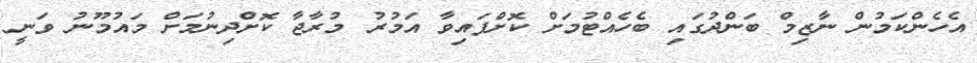
އެހެންކަމުން ނާޒިމް ބަންދުގައި ބެހެއްޓުމަށް ކޮށްފައިވާ އަމުރު މުރާޖާ ކޮށްދިނުމަށް މައުމޫނު ވަނީ